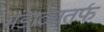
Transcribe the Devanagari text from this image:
मंडाळातर्फ